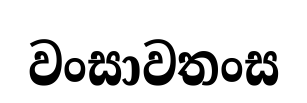
වංසාවතංස